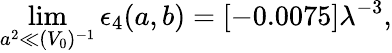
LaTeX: \operatorname*{lim}_{a^{2}\ll(V_{0})^{-1}}\epsilon_{4}(a,b)=[-0.0075]\lambda^{-3},